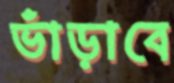
ভাঁড়াবে